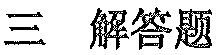
三 \quad 解答题